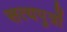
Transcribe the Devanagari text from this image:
सत्यपुत्रों